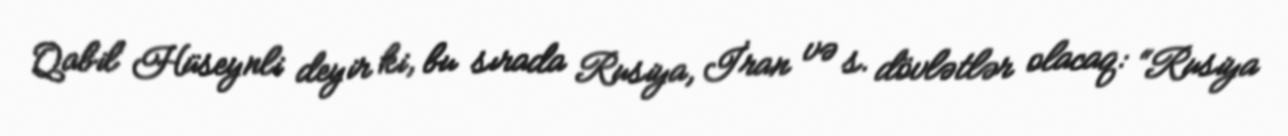
Qabil Hüseynli deyir ki, bu sırada Rusiya, İran və s. dövlətlər olacaq: “Rusiya